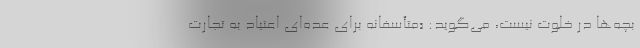
بچه‌ها در خلوت نیست، می‌گوید: «متأسفانه برای عده‌ای اعتیاد به تجارت